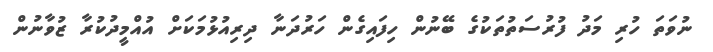
ނުވަތަ ހުރި މަދު ފުރުސަތުތަކުގެ ބޭނުން ހިފައިގެން ހަރުދަނާ ދިރިއުޅުމަކަށް އުއްމީދުކުރާ ޒުވާނުން